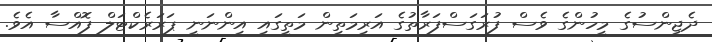
ދެޖިންސުގެ މީހުންގެ ވެސް ފުރަގަސްފަރާތުގެ އަރިމަތިން މަތީގައި އިންނަނީ ޕަރަރެކްޓަލް ފޮއްސާ އެވެ.